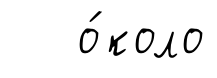
о́коло